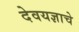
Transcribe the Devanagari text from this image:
देवयज्ञाचे